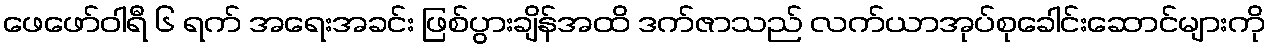
ဖေဖော်ဝါရီ ၆ ရက် အရေးအခင်း ဖြစ်ပွားချိန်အထိ ဒက်ဇာသည် လက်ယာအုပ်စုခေါင်းဆောင်များကို